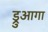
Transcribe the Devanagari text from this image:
ड्रुआगा